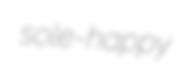
sole-happy